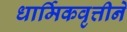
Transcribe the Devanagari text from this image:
धार्मिकवृत्तीने